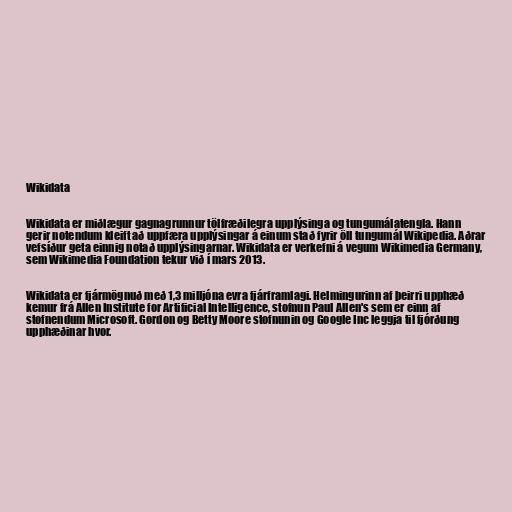
Wikidata

Wikidata er miðlægur gagnagrunnur tölfræðilegra upplýsinga og tungumálatengla. Hann
gerir notendum kleift að uppfæra upplýsingar á einum stað fyrir öll tungumál Wikipedia. Aðrar
vefsíður geta einnig notað upplýsingarnar. Wikidata er verkefni á vegum Wikimedia Germany,
sem Wikimedia Foundation tekur við í mars 2013.

Wikidata er fjármögnuð með 1,3 milljóna evra fjárframlagi. Helmingurinn af þeirri upphæð
kemur frá Allen Institute for Artificial Intelligence, stofnun Paul Allen's sem er einn af
stofnendum Microsoft. Gordon og Betty Moore stofnunin og Google Inc leggja til fjórðung
upphæðinar hvor.